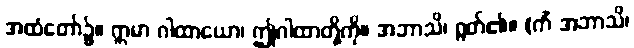
အထံတော်၌။ ဣမာ ဂါထာယော၊ ဤဂါထာတို့ကို။ အဘာသိ၊ ရွတ်၏။ (ကိံ အဘာသိ၊